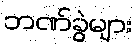
ဘဏ်ခွဲများ